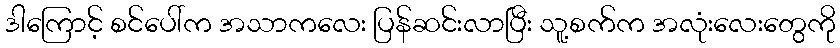
ဒါကြောင့် စင်ပေါ်က အသာကလေး ပြန်ဆင်းလာပြီး သူ့စက်က အလုံးလေးတွေကို